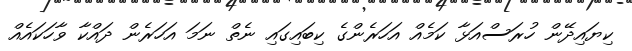
ކިޔައިދޭން ހުރަސްއަޅާ ކަމެއް އަހަރެންގެ ކިބައިގައި ނެތް ނަމަ އަހަރެން ދައްކާ ވާހަކައެއް